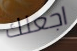
اجعلك